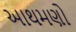
આથમણો